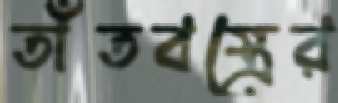
তাঁতবস্ত্রের